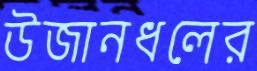
উজানধলের